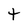
Character: t